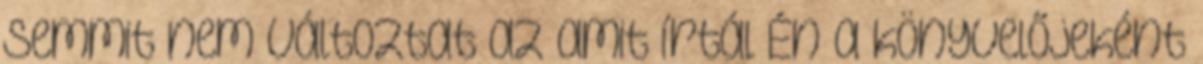
semmit nem változtat az amit írtál Én a könyvelőjeként